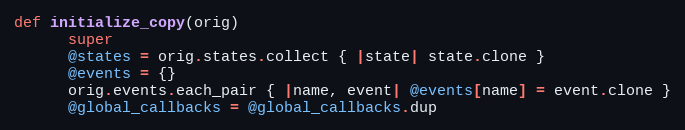
Language: Ruby
def initialize_copy(orig)
      super
      @states = orig.states.collect { |state| state.clone }
      @events = {}
      orig.events.each_pair { |name, event| @events[name] = event.clone }
      @global_callbacks = @global_callbacks.dup